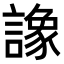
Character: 𧬛